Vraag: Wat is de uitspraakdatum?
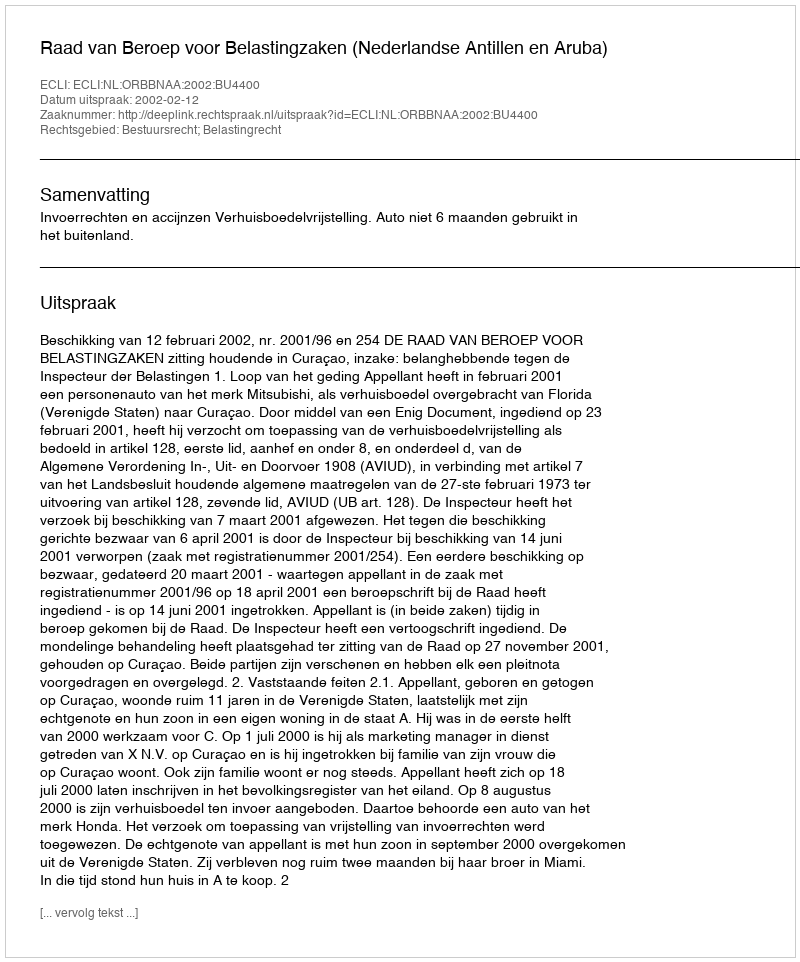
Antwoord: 2002-02-12